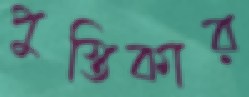
পুস্তিকার